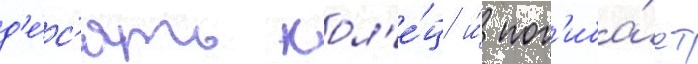
д'е́с'ять кол'е́ц и́ пог'иба́ет